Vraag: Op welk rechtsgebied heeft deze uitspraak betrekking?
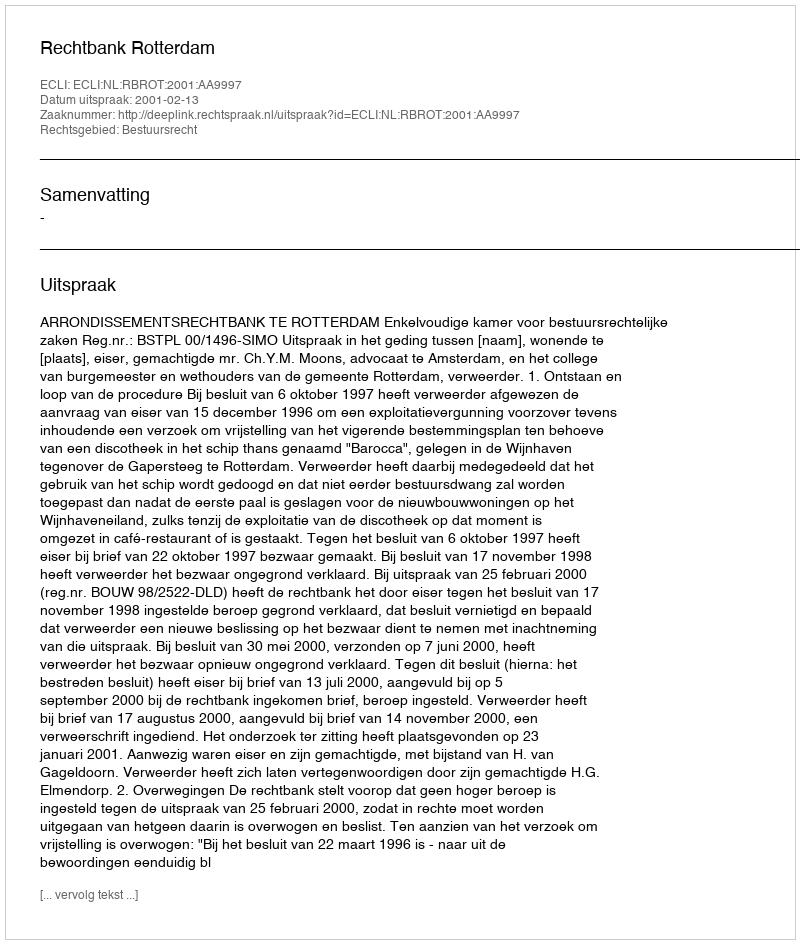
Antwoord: Bestuursrecht